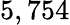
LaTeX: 5,754